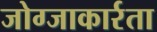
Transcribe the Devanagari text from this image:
जोग्जाकार्रता